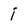
Character: j